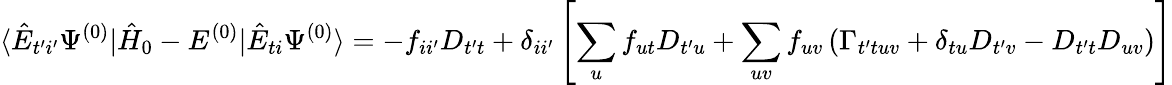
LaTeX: \langle\hat{E}_{t^{\prime}i^{\prime}}\Psi^{(0)}|\hat{H}_{0}-E^{(0)}|\hat{E}_{ti}\Psi^{(0)}\rangle=-f_{ii^{\prime}}D_{t^{\prime}t}+\delta_{ii^{\prime}}\left[\sum_{u}f_{ut}D_{t^{\prime}u}+\sum_{uv}f_{uv}\left(\Gamma_{t^{\prime}tuv}+\delta_{tu}D_{t^{\prime}v}-D_{t^{\prime}t}D_{uv}\right)\right]